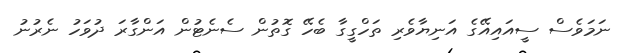
ނަމަވެސް ސީއައިއޭގެ އަނިޔާވެރި ތަހްގީގާ ބެހޭ ގޮތުން ސެނެޓުން އަންގާރަ ދުވަހު ނެރުނު